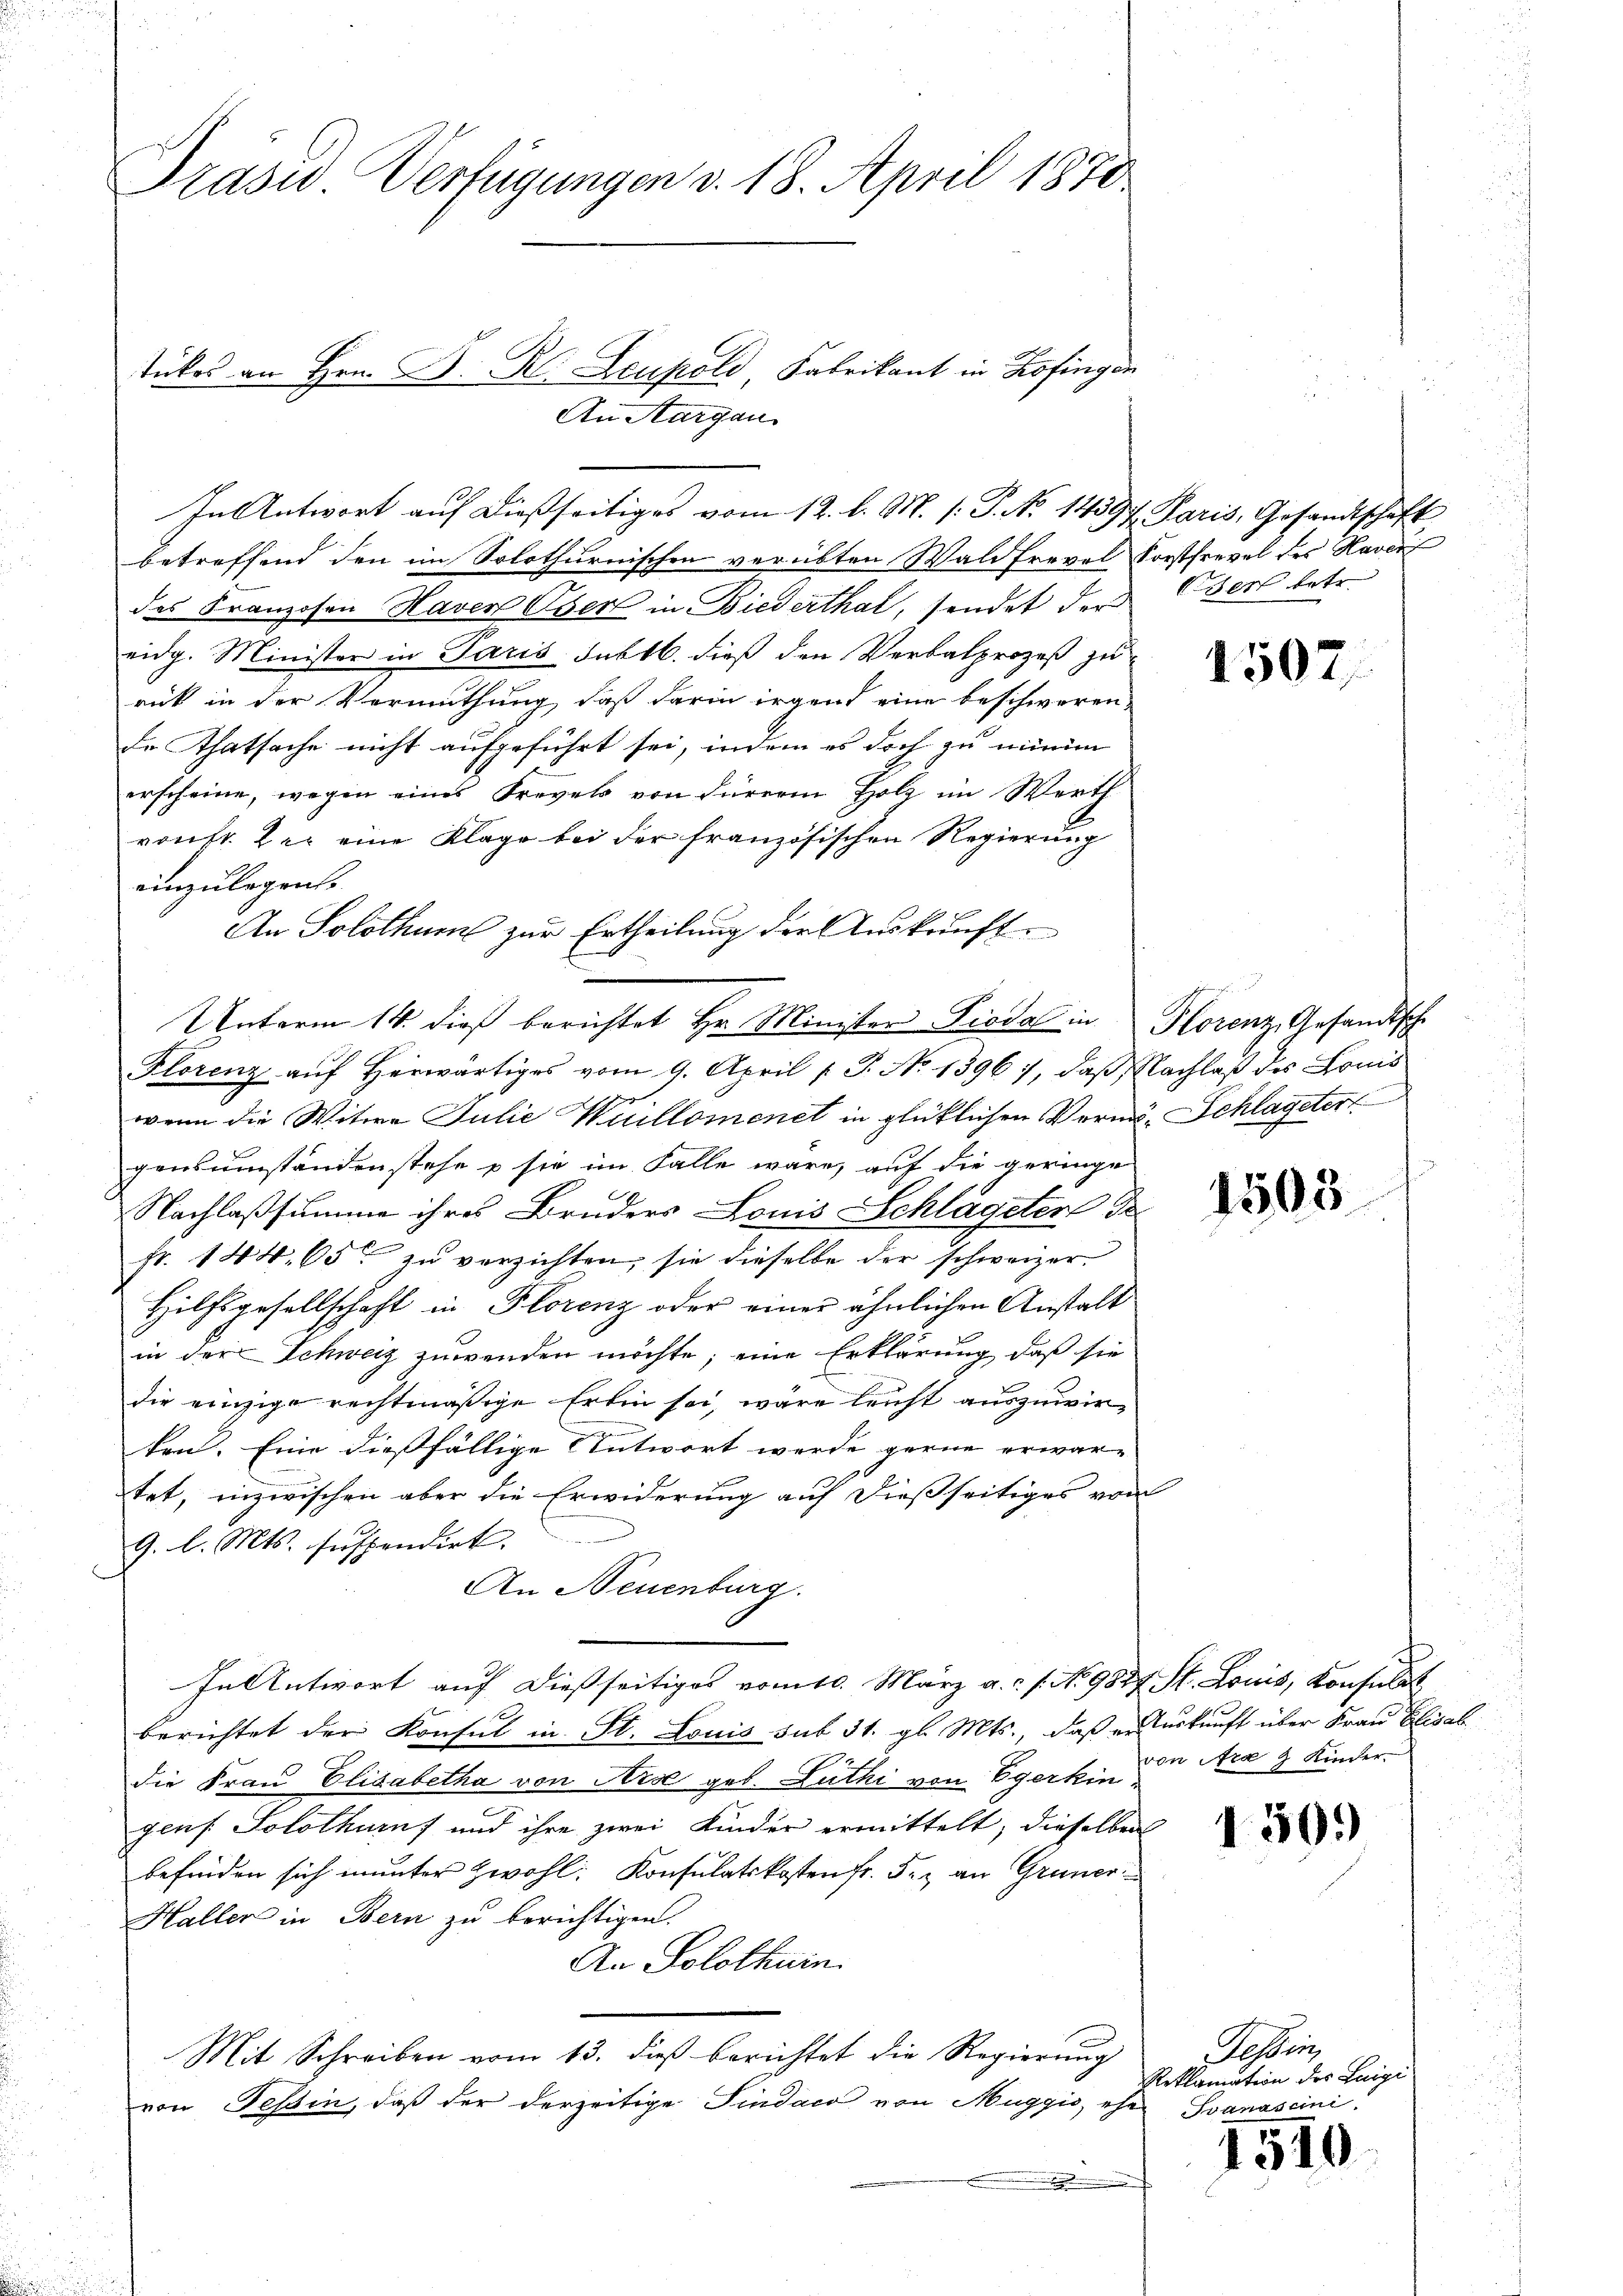
Präsid. Verfügungen v. 18. April 1870

In Antwort auf dießseitiges vom 12. l. M. (: P. No 14397. Paris, Gesandtschaft

tückes an Hrn. D. R. Leupold Fabrikant in Zofingen
An Aargau.

betreffend den im Solothurnischen verübten Waldfrevel Forstfrevel des Haver
des Franzosen Haver Oser in Biederthal, sendet der Osers betr.
eidg. Minister in Paris Sublb. dieß den Verbalprozeß zu
rück in der Vermuthung, daß darin irgend eine beschweren,
de Thatsache nicht aufgeführt sei, indem es doch zu minim
erscheine, wegen eines Frevets von Fürren Holz im Werth
ronft der eine Klage bei der französischen Regierung
einzulegens
An Solothur zur Ertheilung der Auskunft
Unterm 14. dieß berichtet Hr. Minister Piodal in Florenz, Gesandtsche
Florenz auf Herwärtiges vom 9. April [ P. No. 1396), daß Nachlaß des Louis
wenn die Witwe Julie Wuillomenet in glücklichen Vermö- Schlageter
gensumständen stehe u sie im Falle wäre, auf die geringe
Nachlaßsumme ihres Bruders Louis Schlageter de
fr. 144. 65 zu verzichten, sie dieselbe der schweizer
Hilfsgesellschaft in Florenz oder einer ähnlichen Anstalt
in der Schweiz zuwenden möchte; eine Erklärung, daß sie
die einzige rechtmäßige Erlin sei, wäre leicht auszuwirten. Eine dießfällige Antwort werde gerne erwartet, inzwischen aber die Erwiderung auf dießseitiges vom
9. l. Mts. suspendirt.
An Neuenburg.
In Antwort auf dießseitiges vom 10. März a.c. s. No 9827. St. Louis, Konsulat
berichtet der Konsul in St. Louis sub 31. gl. Mts., daß er Auskunft über Frau Elisab
die Frau Elisabetha von Arse geb. Luthi von Egerkin 2 Nca 3 Kindergens. Solothurn und ihre zwei Kinder ermittelt, dieselben
befinden sich munter zwohl. Konsulatskosten fr. 5. an Grüner
Haller in Bern zu berichtigen.
An Solothurn.
Mit Schreiben vom 13. dieß berichtet die Regierung
von Tessin, daß der derzeitige Pindaco von Muggis, ehe Ivanascini

1507

1503.

150.

Tessin
Reklamation des Luigi

1510